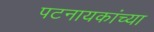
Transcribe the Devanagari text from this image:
पटनायकांच्या